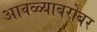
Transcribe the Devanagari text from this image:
आवळ्याबरोबर